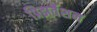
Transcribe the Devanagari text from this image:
प्रिझर्वेशन